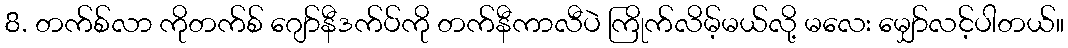
8. တက်စ်လာ ကိုတက်စ် ဂျော်နီဒက်ပ်ကို တက်နီကာလီပဲ ကြိုက်လိမ့်မယ်လို့ မလေး မျှော်လင့်ပါတယ်။